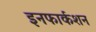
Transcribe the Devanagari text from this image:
इनफार्कशन